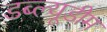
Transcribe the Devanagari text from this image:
डब्ल्यूडीम